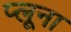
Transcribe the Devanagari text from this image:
प्लूना